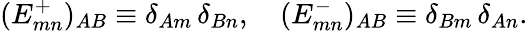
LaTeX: (E_{mn}^{+})_{AB}\equiv\delta_{Am}\, \delta_{Bn},\quad(E_{mn}^{-})_{AB}\equiv\delta_{Bm}\, \delta_{An}.